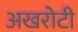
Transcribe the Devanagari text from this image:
अखरोटी